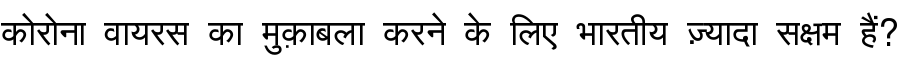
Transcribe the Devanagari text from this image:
कोरोना वायरस का मुक़ाबला करने के लिए भारतीय ज़्यादा सक्षम हैं?